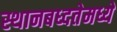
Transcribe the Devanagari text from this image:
स्थानबध्दतेमध्ये